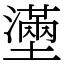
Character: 𡒗